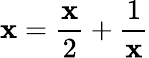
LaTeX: \mathbf{x}={\frac{{\mathbf{x}}}{{2}}}+{\frac{{1}}{{\mathbf{x}}}}